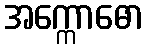
အက္ကောဓော